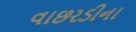
વાછરડીના